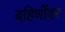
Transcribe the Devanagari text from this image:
बहिणींवर